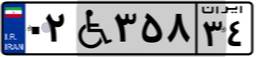
۴۴W۷۲۶۱۸